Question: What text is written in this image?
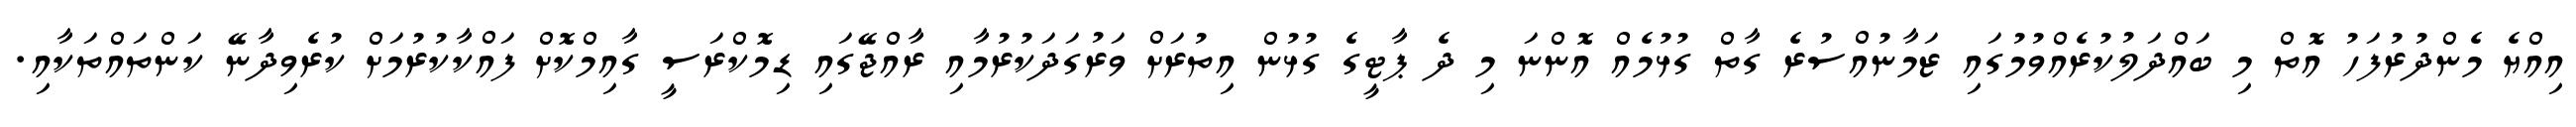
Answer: އިއްޔެ މެންދުރުފަހު އޮތް މި ބައްދަލުކުރެއްވުމުގައި ޒަމާނުއްސުރެ ގާތް ގުޅުމެއް އޮންނަ މި ދެ ޕާޓީގެ ގުޅުން އިތުރަށް ވަރުގަދަކުރުމާއި ރާއްޖޭގައި ޑިމޮކްރަސީ ގާއިމްކޮށް ފައްކާކުރުމަށް ކުރެވިދާނޭ ކަންތައްތަކާއި.